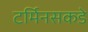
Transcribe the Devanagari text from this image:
टर्मिनसकडे